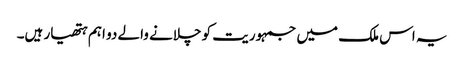
یہ اس ملک میں جمہوریت کو چلانے والے دو اہم ہتھیار ہیں۔